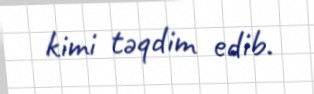
kimi təqdim edib.